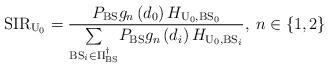
LaTeX: \begin{align*}\mathrm{SIR}_{\mathrm{U}_{0}}=\frac{P_{\mathrm{BS}}g_{n}\left(d_{0}\right)H_{\mathrm{U}_{0},\mathrm{BS}_{0}}}{\underset{\mathrm{BS}_{i}\in\Pi_{\mathrm{BS}}^{\dagger}}{\sum}P_{\mathrm{BS}}g_{n}\left(d_{i}\right)H_{\mathrm{U}_{0},\mathrm{BS}_{i}}},\: n\in\left\{ 1,2\right\} \end{align*}